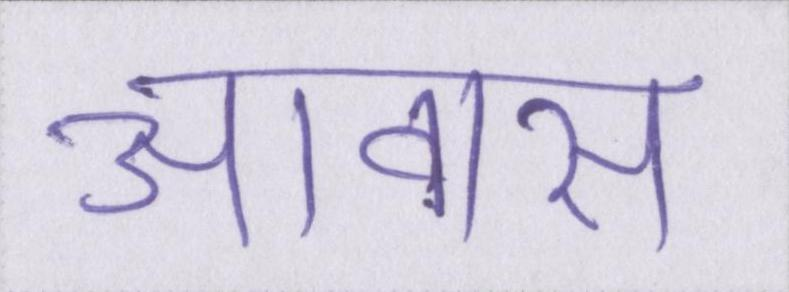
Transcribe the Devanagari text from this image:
आवास